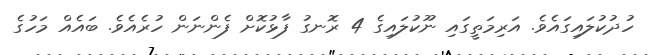
ހުދުކުލައިގައެވެ. އަރިމަތީގައި ނޫކުލައިގެ 4 ރޮނގު ފާޅުކޮށް ފެންނަން ހުރެއެވެ. ބައެއް މަހުގެ